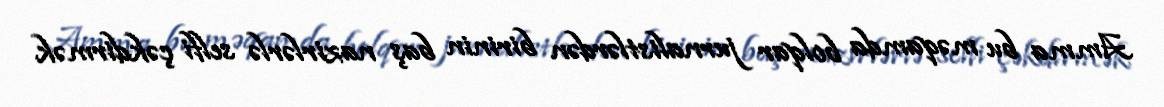
Amma bu məqamda bolqar jurnalistlərdən birinin baş nazirlərlə selfi çəkdirmək